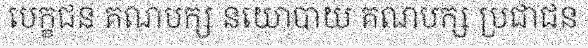
បេក្ខជន គណបក្ស នយោបាយ គណបក្ស ប្រជាជន